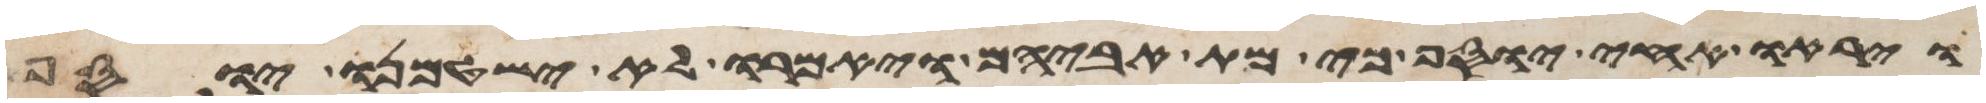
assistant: ויראו אחי יוסף כי מת אביהם ויאמרו לא ישטמנו יוסף